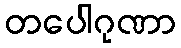
တပေါဂုဏာ